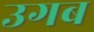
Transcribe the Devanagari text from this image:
उगब